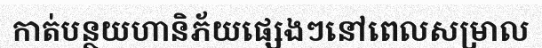
កាត់បន្ថយហានិភ័យផ្សេងៗនៅពេលសម្រាល